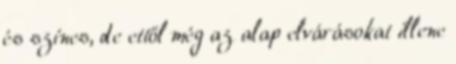
és színes, de ettől még az alap elvárásokat illene